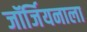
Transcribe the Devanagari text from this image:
जॉर्जियनाला